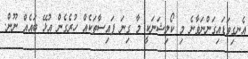
އެނގިވަޑައިގަންނަވާނެ މި ކޯލިޝަނަކީ މާ ގިނަ ފައިސާތަކެއް ހުރެގެން އުޅޭ ބައެއް ނޫން.